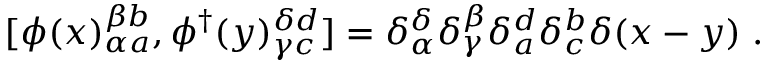
[ \phi ( x ) _ { \alpha a } ^ { \beta b } , \phi ^ { \dagger } ( y ) _ { \gamma c } ^ { \delta d } ] = \delta _ { \alpha } ^ { \delta } \delta _ { \gamma } ^ { \beta } \delta _ { a } ^ { d } \delta _ { c } ^ { b } \delta ( x - y ) \; .